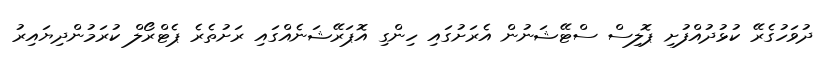
ދުވަހުގެރޭ ކުޅުދުއްފުށި ޕޮލިސް ސްޓޭޝަނުން އެރަށުގައި ހިންގި އޮޕަރޭޝަނެއްގައި ރަށުތެރެ ޕެޓްރޯލް ކުރަމުންދިޔައިރު